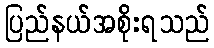
ပြည်နယ်အစိုးရသည်